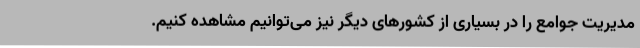
مدیریت جوامع را در بسیاری از کشورهای دیگر نیز می‌توانیم مشاهده کنیم.